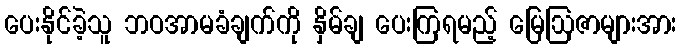
ပေးနိုင်ခဲ့သူ ဘဝအာမခံချက်ကို နှိမ်ချ ပေးကြရမည့် မြေဩဇာများအား